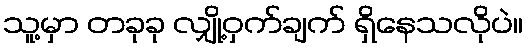
သူ့မှာ တခုခု လျှို့ဝှက်ချက် ရှိနေသလိုပဲ။